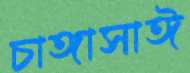
চাঙ্গাসাঈ